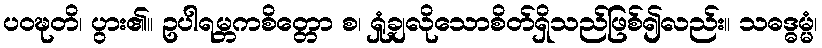
ပဝဍ္ဎတိ၊ ပွား၏။ ဥပါရမ္ဘကစိတ္တော စ၊ ရှုံ့ချလိုသောစိတ်ရှိသည်ဖြစ်၍လည်း။ သဓဒ္ဓမ္မံ၊